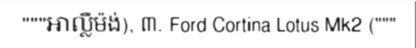
"""អាល្លឺម៉ង់), ៣. Ford Cortina Lotus Mk2 ("""